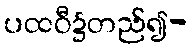
ပထဝီ၌တည်၍-